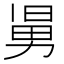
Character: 𠢎